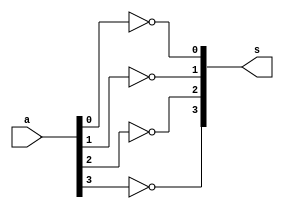
// ----------------------------------------------
// -- Exemplo0026 SOMADOR ALGEBRICO
// -- Alexandre Palmieri Sad
// -- 440265
// ----------------------------------------------
// ----------------------------------------------
// -- COMPLEMENTO DE 1 COM 4 BITS
// ----------------------------------------------
module comp1(s, a);
	output [3:0]s;
	input  [3:0]a;

	not A(s[0], a[0]);
	not B(s[1], a[1]);
	not C(s[2], a[2]);
	not D(s[3], a[3]);
endmodule

// ----------------------------------------------
// -- SOMA 1 A SAIDA DO CIRCUITO
// ----------------------------------------------
module somadorDe1(s, c, a);
	output s;
	output c;
	input  a;
	
	wire x1, x2;
	
	not N(x1, a);
	or  C(x2, x1, a);
	and A(c, x2, a);
	xor B(s, x2, a);
endmodule
// ----------------------------------------------
// -- HALF ADDER CONVENCIONAL
// ----------------------------------------------
module halfAdder(s, c, a, b);
	output s;
	output c;
	input  a;
	input  b;
	
	and A(c, a, b);
	xor B(s, a, b);
endmodule
// ----------------------------------------------
// -- COMPLEMENTO DE 2 COM 4 BITS
// ----------------------------------------------
module comp2(s, co, a);
	 output [3:0]s;
	 output  	co;
	 input  [3:0]a;
	 
	 wire [3:0]x;
	 wire [2:0]c;
	 comp1 COMP1(x, a);
	 somadorDe1 		  ADD  (s[0], c[0], x[0]);
	 halfAdder					A(s[1], c[1], x[1], c[0]);
	 halfAdder					B(s[2], c[2], x[2], c[1]);
	 halfAdder					C(s[3],   co, x[3], c[2]);
endmodule

// ---------------------------
// -- HALF ADDER
// ---------------------------
module halfAdder2(output s,
					  output carryOut,
						input a,
						input carryIn);
	xor A(carryOut, carryIn, a);
	and B(s, a, carryIn);
endmodule

// ---------------------------
// -- FULL ADDER
// ---------------------------
module fullAdder2(output s,
					  output carryOut,
					  input carryIn,
					  input a,
					  input b);
	
	wire c0, s0, s1;
	halfAdder2 A(s0, c0, a, carryIn);
	halfAdder2 B(s1, s, b, c0 );
	or 		 C(carryOut, s0, s1);
endmodule

// ---------------------------
// -- FULL ADDER 4Bits
// ---------------------------
module fullAdder4B(output [3:0]s,
						 output co,
							input[3:0]a,
							input[3:0]b,
							input ci);
	wire [2:0]c;
	fullAdder2 A(s[0], c[0], ci, b[0], a[0]);
	fullAdder2 B(s[1], c[1], c[0], a[1], b[1]);
	fullAdder2 C(s[2], c[2], c[1], a[2], b[2]);
	fullAdder2 D(s[3],   co, c[2], a[3], b[3]);

endmodule

// ----------------------------------------------
// -- Switch_2op_4Bits
// ----------------------------------------------
module switch(s, a , b, sw);
	output [3:0]s;
	input  [3:0]a;
	input  [3:0]b;
	input 	  sw;
	
	wire x0, x1, x2, x3;
	wire y0, y1, y2, y3, y4, y5, y6, y7;
	
	not N0(x0, sw);
	not N1(x1, sw);
	not N2(x2, sw);
	not N3(x3, sw);
	and  A(y0, x0, a[3]);
	and  B(y1, sw, b[3]);
	and  C(y2, x1, a[2]);
	and  D(y3, sw, b[2]);
	and  E(y4, x2, a[1]);
	and  F(y5, sw, b[1]);
	and  G(y6, x3, a[0]);
	and  H(y7, sw, b[0]);
	or	  I(s[3], y0, y1);
	or   J(s[2], y2, y3);
	or   K(s[1], y4, y5);
	or   L(s[0], y6, y7);
endmodule // -- fim modulo

// ----------------------------------------------
// -- ZERADOR DE BITS
// ----------------------------------------------
module zerador(s, a);
	output s;
	input  a;
	
	wire x;
	
	not N(x, a);
	and A(s, x, a);
endmodule // -- fim modulo

// ----------------------------------------------
// -- SOMADOR ALGEBRICO PARA 4 BITS
// ----------------------------------------------
module somadorAlgebrico(s, co, a, b, sw);
// -- Variaveis de entrada do modulo
	output [3:0]s;
	output 	  co;
	input  [3:0]a;
	input  [3:0]b;
	input  	  sw;

// -- conexoes auxiliares
	wire  [3:0]scomp;
	wire  [3:0]smux4;
	wire	bdC2;
	wire  cOut;
	wire  cIn;
	wire 	x;
// -- circuitos do modulo
	comp2 		COMP2(scomp, co, b);
	zerador		ZBIT1(x, bdC2); 	
	switch		MUX4B(smux4, b, scomp, sw);
	zerador		ZBIT2(cIn, sw);
	fullAdder4B ADDER(s, cOut, a, smux4, cIn);	
endmodule // -- fim modulo


// ----------------------------------------------
// -- MODULO DE TESTES
// ----------------------------------------------
module somadorAlegebricoTeste;
	reg  [3:0]a;
	reg  [3:0]b;
	reg 		sw;
	wire 		co;
	wire [3:0]s;
	
	
	somadorAlgebrico A(s, co, a, b, sw);
	
	initial begin:start
		a  = 4'b0000;
		b  = 4'b0000;
		sw = 0;
	end
	
	initial begin
		$display("-------------------------------");
		$display("Exemplo0031 - SOMADOR ALGEBRICO");
		$display("Alexandre Palmieri Sad - 440265");
		$display("-------------------------------");
		
		$monitor("\t%4b + %4b = %4b", a, b, s);
		
	#1
		a = 4'b0001; b = 4'b0001;
	#1
		a = 4'b0001; b = 4'b0000;	
	#1
		a = 4'b0001; b = 4'b0010;
	#1
		a = 4'b0001; b = 4'b0011;
	#1
		a = 4'b0001; b = 4'b0100;
	#1
		a = 4'b0001; b = 4'b0101;
	#1
		a = 4'b0001; b = 4'b0110;
	#1
		a = 4'b0001; b = 4'b0111;
	#1
		a = 4'b0001; b = 4'b1000;
// -- 8		
	#1
		a = 4'b0010; b = 4'b0001;
	#1
		a = 4'b0010; b = 4'b0000;	
	#1
		a = 4'b0010; b = 4'b0010;
	#1
		a = 4'b0010; b = 4'b0011;
	#1
		a = 4'b0010; b = 4'b0100;
	#1
		a = 4'b0010; b = 4'b0101;
	#1
		a = 4'b0010; b = 4'b0110;
	#1
		a = 4'b0010; b = 4'b0111;
	#1
		a = 4'b0010; b = 4'b1000;
// -- 16		
	#1
		a = 4'b0011; b = 4'b0001;
	#1
		a = 4'b0011; b = 4'b0000;	
	#1
		a = 4'b0011; b = 4'b0010;
	#1
		a = 4'b0011; b = 4'b0011;
	#1
		a = 4'b0011; b = 4'b0100;
	#1
		a = 4'b0011; b = 4'b0101;
	#1
		a = 4'b0011; b = 4'b0110;
	#1
		a = 4'b0011; b = 4'b0111;
	#1
		a = 4'b0011; b = 4'b1000;
// -- 32		
	#1
		a = 4'b0100; b = 4'b0001;
	#1
		a = 4'b0100; b = 4'b0000;	
	#1
		a = 4'b0100; b = 4'b0010;
	#1
		a = 4'b0100; b = 4'b0011;
	#1
		a = 4'b0100; b = 4'b0100;
	#1
		a = 4'b0100; b = 4'b0101;
	#1
		a = 4'b0100; b = 4'b0110;
	#1
		a = 4'b0100; b = 4'b0111;
	#1
		a = 4'b0100; b = 4'b1000;
	#1
		a = 4'b1111; b = 4'b1111;
	#1
		sw = 1;
	$display("-------------------------------");
	$monitor("\t%4b - %4b = %4b", a, b, s);
// -- teste com o switch para subtracao
	#1
		a = 4'b0001; b = 4'b0001;
	#1
		a = 4'b0001; b = 4'b0000;	
	#1
		a = 4'b0001; b = 4'b0010;
	#1
		a = 4'b0001; b = 4'b0011;
	#1
		a = 4'b0001; b = 4'b0100;
	#1
		a = 4'b0001; b = 4'b0101;
	#1
		a = 4'b0001; b = 4'b0110;
	#1
		a = 4'b0001; b = 4'b0111;
	#1
		a = 4'b0001; b = 4'b1000;
// -- 8		
	#1
		a = 4'b0010; b = 4'b0001;
	#1
		a = 4'b0010; b = 4'b0000;	
	#1
		a = 4'b0010; b = 4'b0010;
	#1
		a = 4'b0010; b = 4'b0011;
	#1
		a = 4'b0010; b = 4'b0100;
	#1
		a = 4'b0010; b = 4'b0101;
	#1
		a = 4'b0010; b = 4'b0110;
	#1
		a = 4'b0010; b = 4'b0111;
	#1
		a = 4'b0010; b = 4'b1000;
// -- 16		
	#1
		a = 4'b0011; b = 4'b0001;
	#1
		a = 4'b0011; b = 4'b0000;	
	#1
		a = 4'b0011; b = 4'b0010;
	#1
		a = 4'b0011; b = 4'b0011;
	#1
		a = 4'b0011; b = 4'b0100;
	#1
		a = 4'b0011; b = 4'b0101;
	#1
		a = 4'b0011; b = 4'b0110;
	#1
		a = 4'b0011; b = 4'b0111;
	#1
		a = 4'b0011; b = 4'b1000;
// -- 32		
	#1
		a = 4'b0100; b = 4'b0001;
	#1
		a = 4'b0100; b = 4'b0000;	
	#1
		a = 4'b0100; b = 4'b0010;
	#1
		a = 4'b0100; b = 4'b0011;
	#1
		a = 4'b0100; b = 4'b0100;
	#1
		a = 4'b0100; b = 4'b0101;
	#1
		a = 4'b0100; b = 4'b0110;
	#1
		a = 4'b0100; b = 4'b0111;
	#1
		a = 4'b0100; b = 4'b1000;
	#1
		a = 4'b1111; b = 4'b1111;		
	end
endmodule